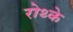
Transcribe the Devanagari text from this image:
रोथ्के